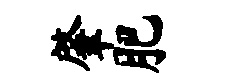
肇肥